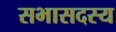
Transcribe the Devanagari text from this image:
सभासदस्य